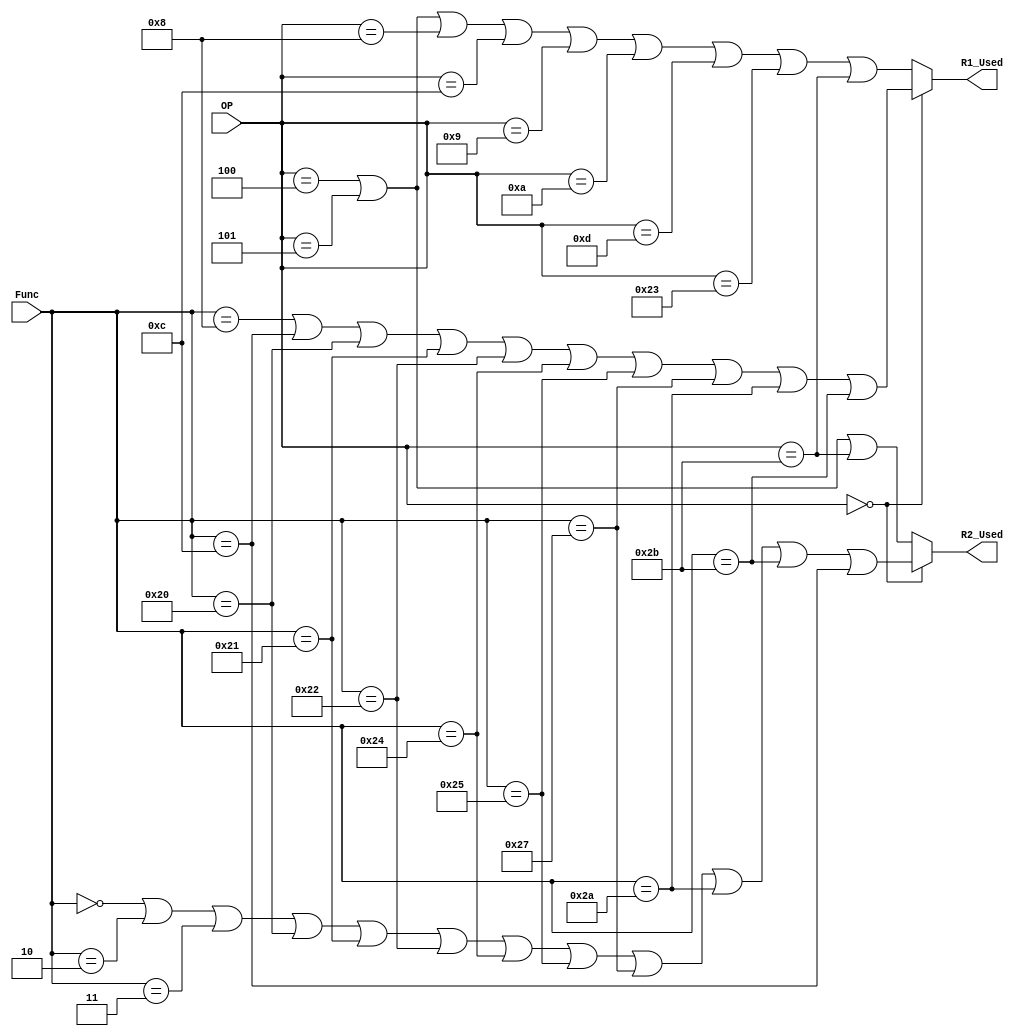
`timescale 1ns / 1ps
//////////////////////////////////////////////////////////////////////////////////
// Company: 
// Engineer: 
// 
// Design Name: 
// Module Name: RegisterUsage
// Project Name: 
// Target Devices: 
// Tool Versions: 
// Description: 
// 
// Dependencies: 
// 
// Revision:
// Revision 0.01 - File Created
// Additional Comments:
// 
//////////////////////////////////////////////////////////////////////////////////



module RegisterUsage(
	input [5:0]OP,
	input [5:0]Func,
	output R1_Used,
	output R2_Used);
	
	//
	assign R1_Used = (OP == 0)? (Func == 8 || Func == 12 || Func == 32 || Func == 33 || Func == 34 ||
                                 Func == 36 || Func == 37 || Func == 39 || Func == 42 || Func == 43):
                    (OP == 4 || OP == 5 || OP == 8 || OP == 12 || OP == 9 || OP == 10 || OP == 13 || OP == 35 || OP == 43);
    
    assign R2_Used = (OP == 0)? (Func == 0 || Func == 2 || Func == 3 || Func == 32 || Func == 33 || Func == 34 ||
                                 Func == 36 || Func == 37 || Func == 39 || Func == 42 || Func == 43 || Func == 12):         
                     (OP == 4 || OP == 5 || OP == 43);
	
endmodule